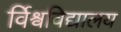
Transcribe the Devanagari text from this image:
र्विश्वविद्यालय